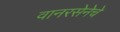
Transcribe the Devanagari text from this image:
वानरसेनेचे